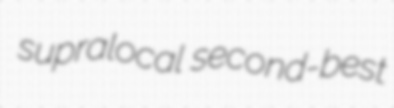
supralocal second-best